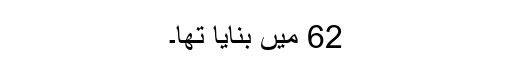
62 میں بنایا تھا۔